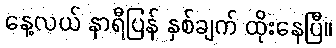
နေ့လယ် နာရီပြန် နှစ်ချက် ထိုးနေပြီ။